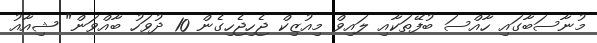
މުނާސަބާގައި ހާއްސަ ބުފޭތަކާއި ލައިވް މިއުޒިކް ޖެހިޖެހިގެން 10 ދުވަހު ބާއްވަން" ޝިއާއު